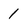
Character: 1